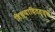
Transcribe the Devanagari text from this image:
तिथ्यादितत्त्वं